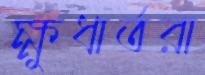
ক্ষুধার্তরা